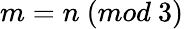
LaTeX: m=n\ (mod\ 3)